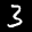
Label: 3